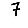
Digit: 7